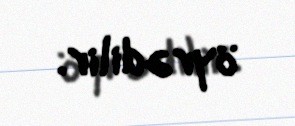
öyrədilir.